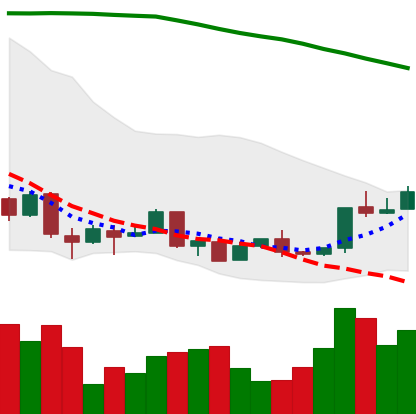
Ticker: XMR-USD
Chart end date: 2018-04-15
Forward return: 35.57%
Label: up_7plus